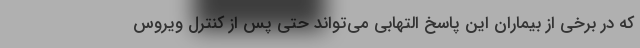
که در برخی از بیماران این پاسخ التهابی می‌تواند حتی پس از کنترل ویروس